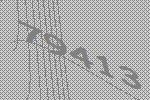
79413